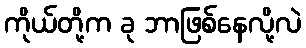
ကိုယ်တို့က ခု ဘာဖြစ်နေလို့လဲ